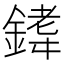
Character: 𫒰